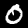
Digit: 0